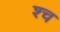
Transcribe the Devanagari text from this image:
श्‍च